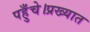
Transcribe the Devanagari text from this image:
पहुँचे।प्रख्यात